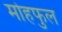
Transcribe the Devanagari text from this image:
मोहफुल